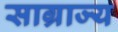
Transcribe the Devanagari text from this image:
साग्राज्‍य